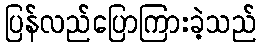
ပြန်လည်ပြောကြားခဲ့သည်